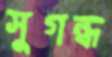
সুগন্ধ